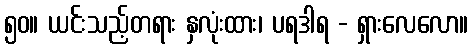
၅၀။ ယင်းသည့်တရား နှလုံးထား၊ ပရဒါရ - ရှားလေလော။